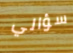
سؤالي